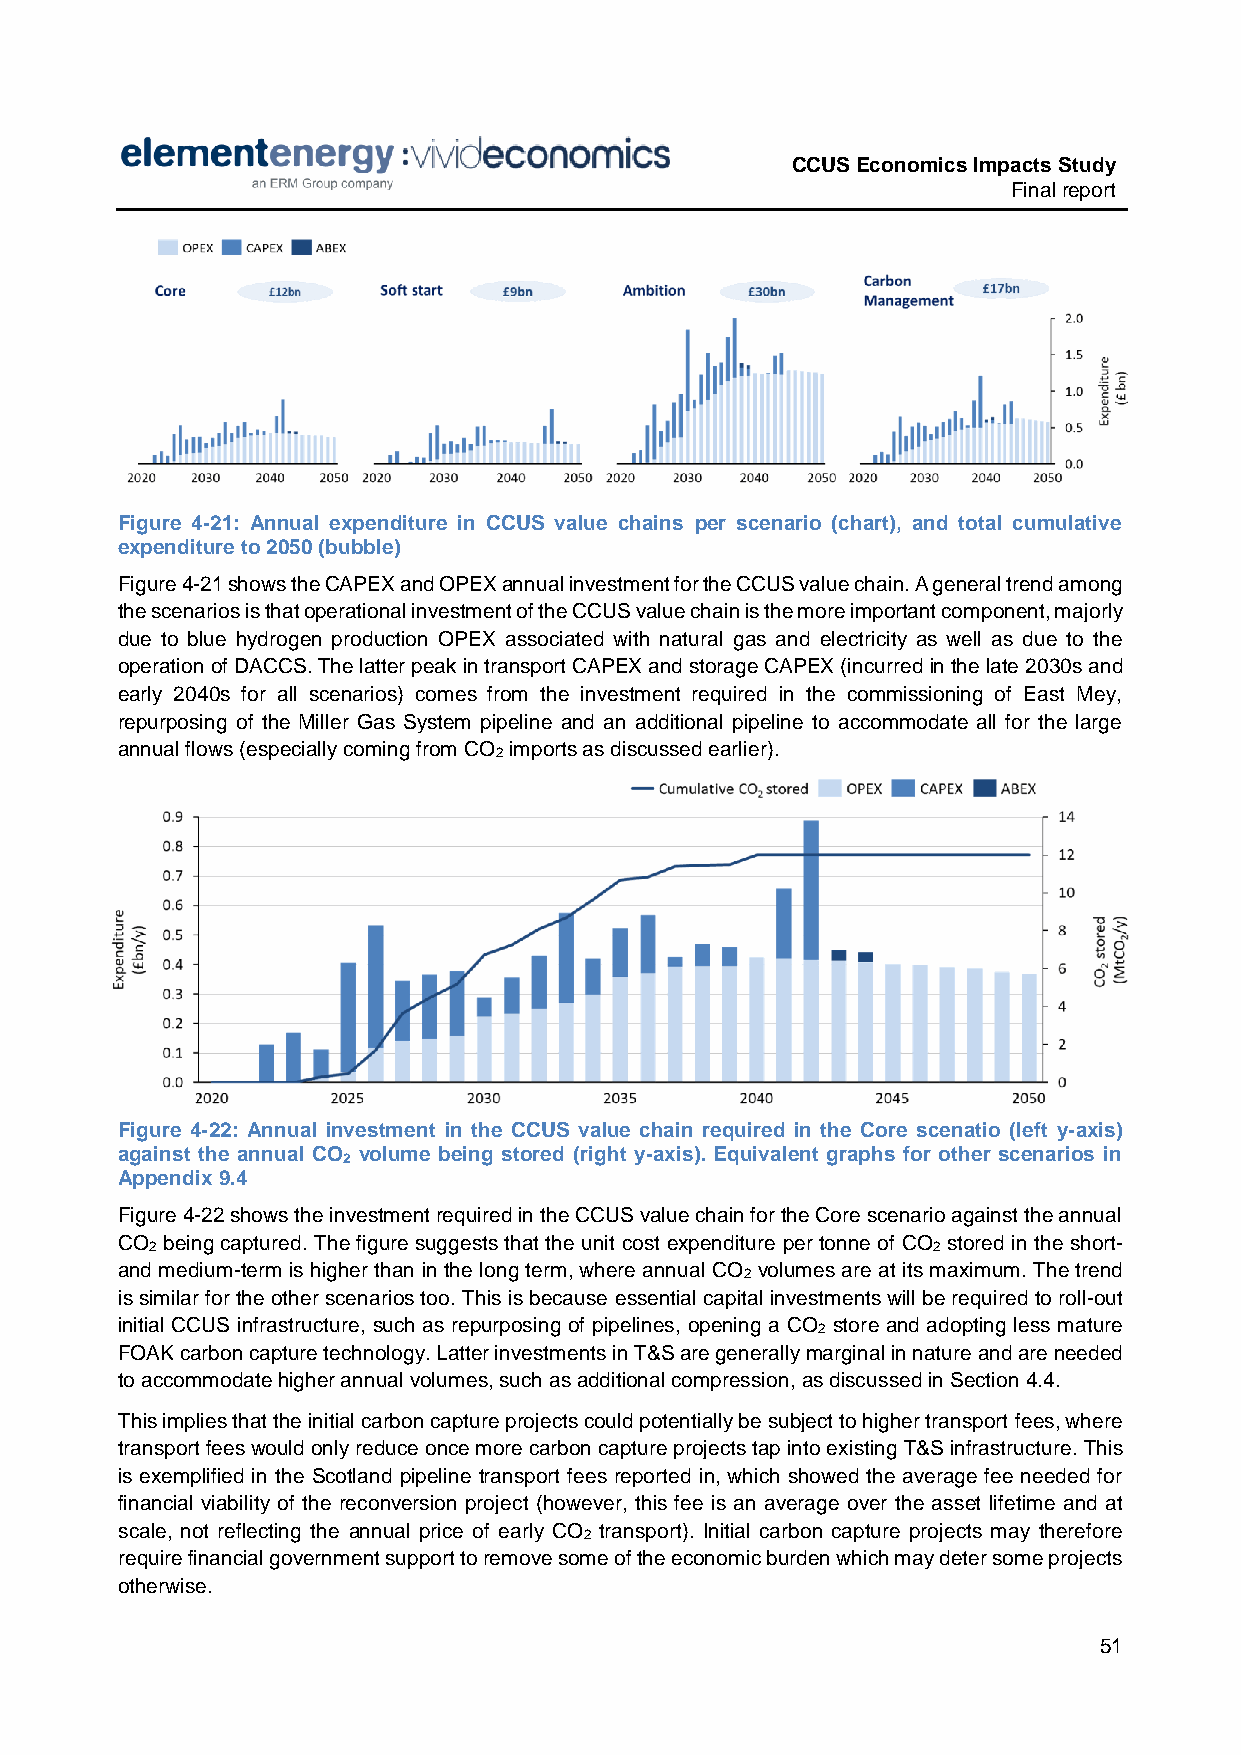
CCUS Economics Impacts Study
 Final report
 Figure 4-21: Annual expenditure in CCUS value chains per scenario (chart), and total cumulative
 expenditure to 2050 (bubble)
 Figure 4-21 shows the CAPEX and OPEX annual investment for the CCUS value chain. A general trend among
 the scenarios is that operational investment of the CCUS value chain is the more important component, majorly
 due to blue hydrogen production OPEX associated with natural gas and electricity as well as due to the
 operation of DACCS. The latter peak in transport CAPEX and storage CAPEX (incurred in the late 2030s and
 early 2040s for all scenarios) comes from the investment required in the commissioning of East Mey,
 repurposing of the Miller Gas System pipeline and an additional pipeline to accommodate all for the large
 annual flows (especially coming from CO imports as discussed earlier).
 2
 Figure 4-22: Annual investment in the CCUS value chain required in the Core scenatio (left y-axis)
 against the annual CO volume being stored (right y-axis). Equivalent graphs for other scenarios in
 2
 Appendix 9.4
 Figure 4-22 shows the investment required in the CCUS value chain for the Core scenario against the annual
 CO being captured. The figure suggests that the unit cost expenditure per tonne of CO stored in the short-
 2                                                   2
 and medium-term is higher than in the long term, where annual CO volumes are at its maximum. The trend
 2
 is similar for the other scenarios too. This is because essential capital investments will be required to roll-out
 initial CCUS infrastructure, such as repurposing of pipelines, opening a CO store and adopting less mature
 2
 FOAK carbon capture technology. Latter investments in T&S are generally marginal in nature and are needed
 to accommodate higher annual volumes, such as additional compression, as discussed in Section 4.4.
 This implies that the initial carbon capture projects could potentially be subject to higher transport fees, where
 transport fees would only reduce once more carbon capture projects tap into existing T&S infrastructure. This
 is exemplified in the Scotland pipeline transport fees reported in, which showed the average fee needed for
 financial viability of the reconversion project (however, this fee is an average over the asset lifetime and at
 scale, not reflecting the annual price of early CO transport). Initial carbon capture projects may therefore
 2
 require financial government support to remove some of the economic burden which may deter some projects
 otherwise.
 51